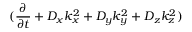
( \frac { \partial } { \partial t } + { D _ { x } } { k _ { x } ^ { 2 } } + { D _ { y } } { k _ { y } ^ { 2 } } + { D _ { z } } { k _ { z } ^ { 2 } } )